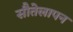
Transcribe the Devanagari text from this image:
सौतेलापन